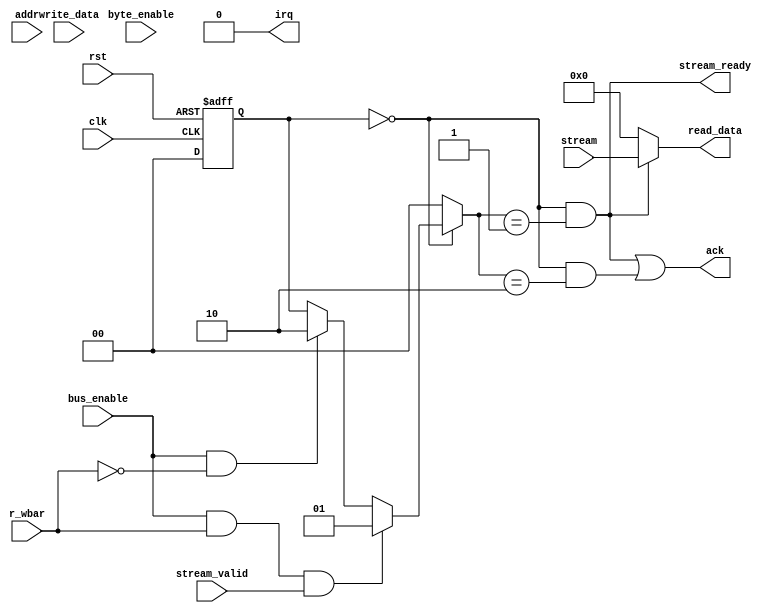
// Recieve the stream and wraps it with proper signals 
// for the Avalon to External Bus Bridge. 

module ext_bus #(
    parameter DATA_WIDTH = 128, 
    parameter ADDR_WIDTH = 5,
    parameter DATA_BYTES = DATA_WIDTH/8 
) (
    input                   clk, rst, 
    input [DATA_WIDTH-1:0]  stream, 
    input                   stream_valid, 
    output                  stream_ready,
    // external bus interface
    input [ADDR_WIDTH-1:0]  addr, 
    input                   bus_enable, 
    input                   r_wbar,      // read when high and write when low
    input [DATA_WIDTH-1:0]  write_data,  // unused for now, just acknowledge the write op
    output                  ack, 
    output [DATA_WIDTH-1:0] read_data, 
    input [DATA_BYTES-1:0]  byte_enable, // ignored 
    output                  irq          // unused
);

localparam S_WAIT = 0; 
localparam S_READ = 1; 
localparam S_WRITE = 2; 

reg [1:0] current_state, next_state; 

// state machine transitions
always @(*) begin 
    next_state = current_state; // default next_state

    case (current_state)
        S_WAIT: begin 
            if (bus_enable && r_wbar && stream_valid) begin 
                next_state = S_READ; 
            end
            else if (bus_enable && !r_wbar) begin 
                next_state = S_WRITE; 
            end
        end
        S_READ: begin 
            // output the data and acknowledge
            next_state = S_WAIT;
        end
        S_WRITE: begin 
            // acknowledge and go back to S_WAIT
            next_state = S_WAIT; 
        end
        default: next_state = S_WAIT; 
    endcase
end

// state register 
always @(posedge clk, posedge rst) begin 
    if (rst) begin 
        current_state <= S_WAIT; 
    end
    else begin 
        // decided to keep the register fixed for faster operation. 
        current_state <= S_WAIT; 
    end
end

// output logic 
assign stream_ready = (current_state == S_WAIT && next_state == S_READ);
assign read_data    = (stream_ready)? stream: 'd0; 
assign ack          = stream_ready || (current_state == S_WAIT && next_state == S_WRITE); 
assign irq          = 'd0; 

endmodule